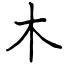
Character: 木